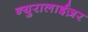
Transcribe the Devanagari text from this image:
न्युरालाईज़र